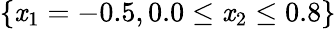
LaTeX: \{ \mathit{x}_{1}=-0.5,0.0\leq\mathit{x}_{2}\leq0.8\}